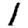
Digit: 1